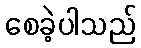
စေခဲ့ပါသည်